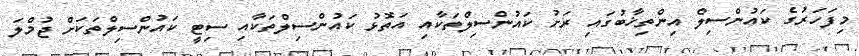
މިފަހަރުގެ ކައުންސިލް އިންތިޚާބުގައި ރަށު ކައުންސިލްތަކާއި އަތޮޅު ކައުންސިލްތަކާއި ސިޓީ ކައުންސިލްތަކަށް ޖުމްލަ